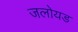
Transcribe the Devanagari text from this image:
जलोयड